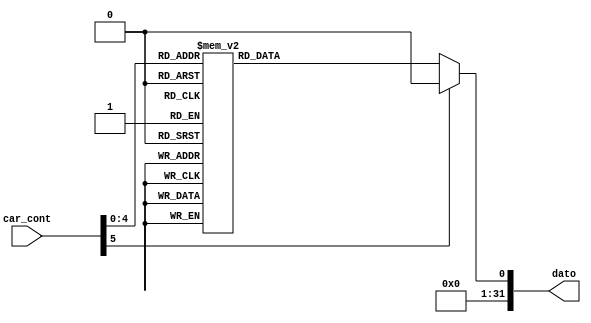
`timescale 1ns / 1ps
//////////////////////////////////////////////////////////////////////////////////
// Company: 
// Engineer: 
// 
// Design Name: 
// Module Name: cadena_dato
// Project Name: 
// Target Devices: 
// Tool Versions: 
// Description: 
// 
// Dependencies: 
// 
// Revision:
// Revision 0.01 - File Created
// Additional Comments:
// 
//////////////////////////////////////////////////////////////////////////////////


module cadena_dato(
     input wire [5:0]car_cont,
     output reg [31:0]dato
    );
 reg data;
 always @*
      case(car_cont)
      32'd0: data <= "H";
      32'd1: data <= "o";
      32'd2: data <= "l";
      32'd3: data <= "a";
      32'd4: data <= "!";
      32'd5: data <= ".";
      32'd6: data <= ".";
      32'd7: data <= ".";
      32'd8: data <= "P";
      32'd9: data <= "R";
      32'd10: data <= "O";
      32'd11: data <= "Y";
      32'd12: data <= "E";
      32'd13: data <= "C";
      32'd14: data <= "T";
      32'd15: data <= "O";
      32'd16: data <= ".";
      32'd17: data <= ".";
      32'd18: data <= "M";
      32'd19: data <= "I";
      32'd20: data <= "C";
      32'd21: data <= "R";
      32'd22: data <= "O";
      32'd23: data <= "S";
      32'd24: data <= ".";
      32'd25: data <= ".";
      32'd26: data <= ".";
      32'd27: data <= ".";
      32'd28: data <= ".";
      32'd29: data <= ".";
      32'd30: data <= ".";
      32'd31: data <= ".";
 default: data <= ".";
 endcase
always @*
   dato <= data;
endmodule